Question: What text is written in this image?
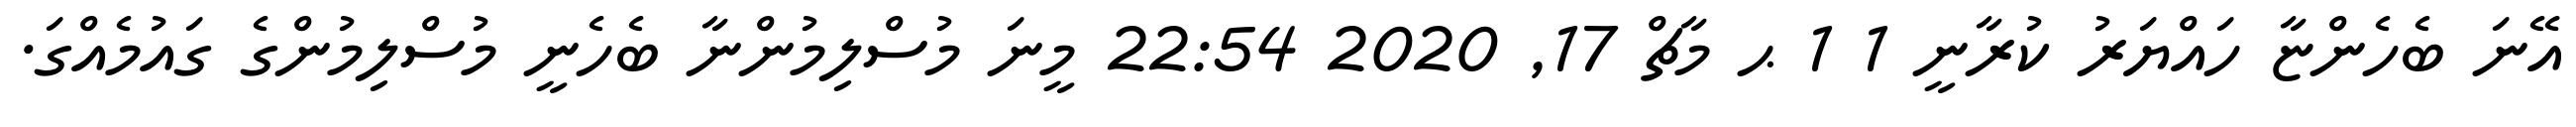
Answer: އޭނަ ބެހެންޏާ ހައްޔަރު ކުރާނީ 1 1 ޙ މާޗް 17, 2020 22:54 މީނަ މުސްލިމުންނާ ބެހެނީ މުސްލިމުންގެ ގައުމެއްގަ.